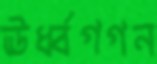
ঊর্ধ্বগগন